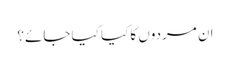
ان مردوں کا کیا کیا جائے؟